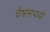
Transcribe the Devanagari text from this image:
चैषामप्ययो